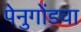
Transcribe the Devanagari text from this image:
पेनुगोंडचा